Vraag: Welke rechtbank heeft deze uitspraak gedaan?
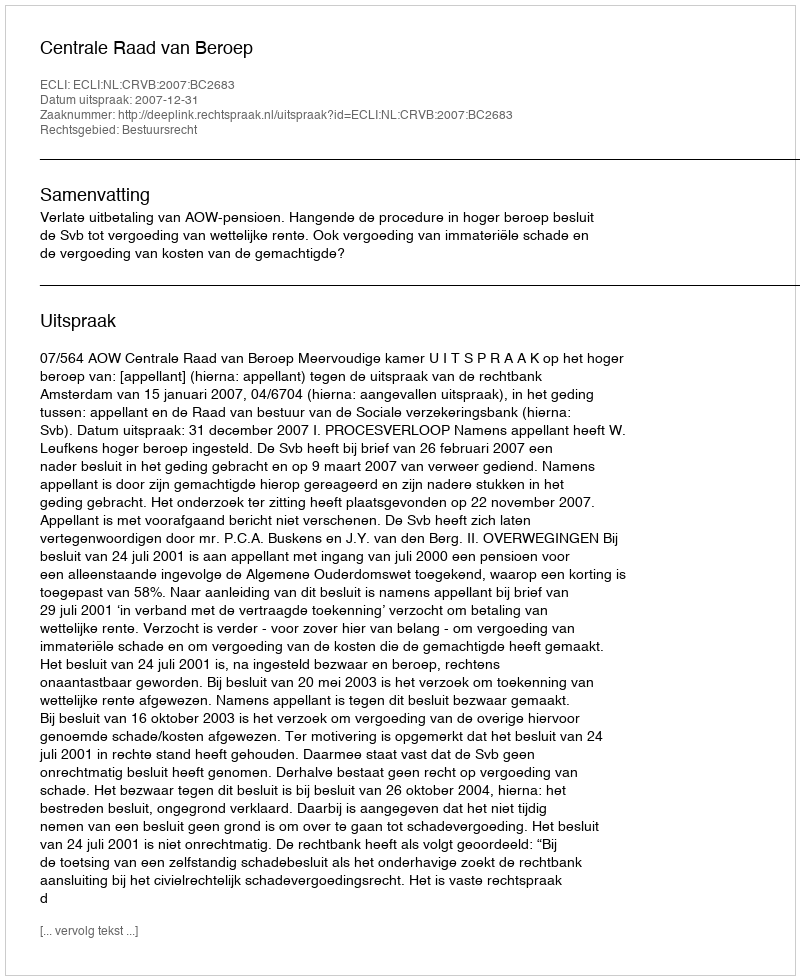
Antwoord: Centrale Raad van Beroep